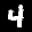
Label: 4